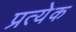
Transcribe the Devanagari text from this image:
प्रत्येेक